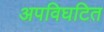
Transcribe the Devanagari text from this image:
अपविघटित